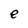
Character: e